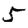
Digit: 5